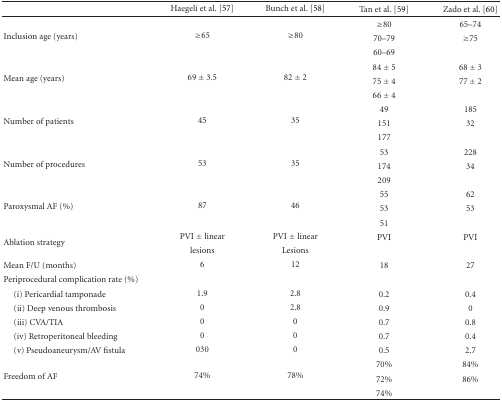
<table><thead><tr><td></td><td><b>Haegeli et al. [57]</b></td><td><b>Bunch et al. [58]</b></td><td><b>Tan et al. [59]</b></td><td><b>Zado et al. [60]</b></td></tr></thead><tbody><tr><td rowspan="3">Inclusion age (years)</td><td rowspan="3">≥65</td><td rowspan="3">≥80</td><td>≥80</td><td>65–74</td></tr><tr><td>70–79</td><td>≥75</td></tr><tr><td>60–69</td><td></td></tr><tr><td rowspan="3">Mean age (years)</td><td rowspan="3">69 ± 3.5</td><td rowspan="3">82 ± 2</td><td>84 ± 5</td><td>68 ± 3</td></tr><tr><td>75 ± 4</td><td>77 ± 2</td></tr><tr><td>66 ± 4</td><td></td></tr><tr><td rowspan="3">Number of patients</td><td rowspan="3">45</td><td rowspan="3">35</td><td>49</td><td>185</td></tr><tr><td>151</td><td>32</td></tr><tr><td>177</td><td></td></tr><tr><td rowspan="3">Number of procedures</td><td rowspan="3">53</td><td rowspan="3">35</td><td>53</td><td>228</td></tr><tr><td>174</td><td>34</td></tr><tr><td>209</td><td></td></tr><tr><td rowspan="3">Paroxysmal AF (%)</td><td rowspan="3">87</td><td rowspan="3">46</td><td>55</td><td>62</td></tr><tr><td>53</td><td>53</td></tr><tr><td>51</td><td></td></tr><tr><td rowspan="2">Ablation strategy</td><td>PVI ± linear</td><td>PVI ± linear</td><td>PVI</td><td>PVI</td></tr><tr><td>lesions</td><td>Lesions</td><td></td><td></td></tr><tr><td>Mean F/U (months)</td><td>6</td><td>12</td><td>18</td><td>27</td></tr><tr><td>Periprocedural complication rate (%)</td><td></td><td></td><td></td><td></td></tr><tr><td> (i) Pericardial tamponade</td><td>1.9</td><td>2.8</td><td>0.2</td><td>0.4</td></tr><tr><td> (ii) Deep venous thrombosis</td><td>0</td><td>2.8</td><td>0.9</td><td>0</td></tr><tr><td> (iii) CVA/TIA</td><td>0</td><td>0</td><td>0.7</td><td>0.8</td></tr><tr><td> (iv) Retroperitoneal bleeding</td><td>0</td><td>0</td><td>0.7</td><td>0.4</td></tr><tr><td> (v) Pseudoaneurysm/AV fistula</td><td>030</td><td>0</td><td>0.5</td><td>2.7</td></tr><tr><td rowspan="3">Freedom of AF</td><td rowspan="3">74%</td><td rowspan="3">78%</td><td>70%</td><td>84%</td></tr><tr><td>72%</td><td>86%</td></tr><tr><td>74%</td><td></td></tr></tbody></table>